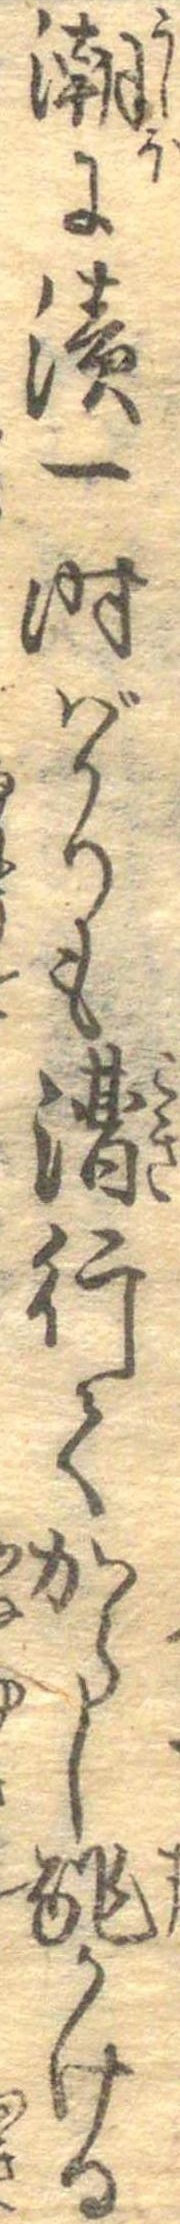
潮に漬一時ばかりも漕行てからし酢かける